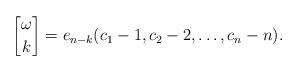
LaTeX: \begin{align*}{{\omega}\brack {k}}= e_{n-k}(c_1-1,c_2-2,\dots,c_n-n).\end{align*}